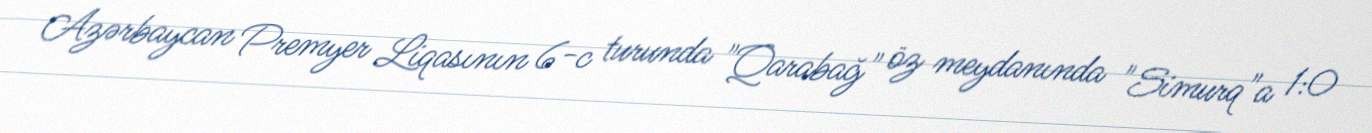
Azərbaycan Premyer Liqasının 6-c turunda "Qarabağ" öz meydanında "Simurq"a 1:0